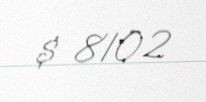
$ 8102